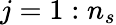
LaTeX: j=1:n_{s}